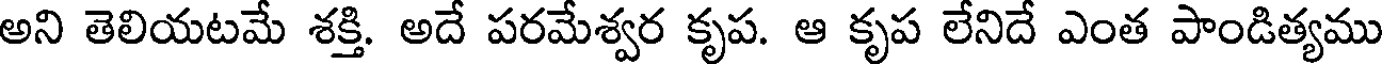
అని తెలియటమే శక్తి. అదే పరమేశ్వర కృప. ఆ కృప లేనిదే ఎంత పాండిత్యము